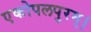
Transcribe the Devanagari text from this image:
एकोपलपुरम्।